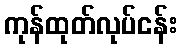
ကုန်ထုတ်လုပ်ငန်း